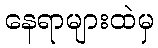
နေရာများထဲမှ